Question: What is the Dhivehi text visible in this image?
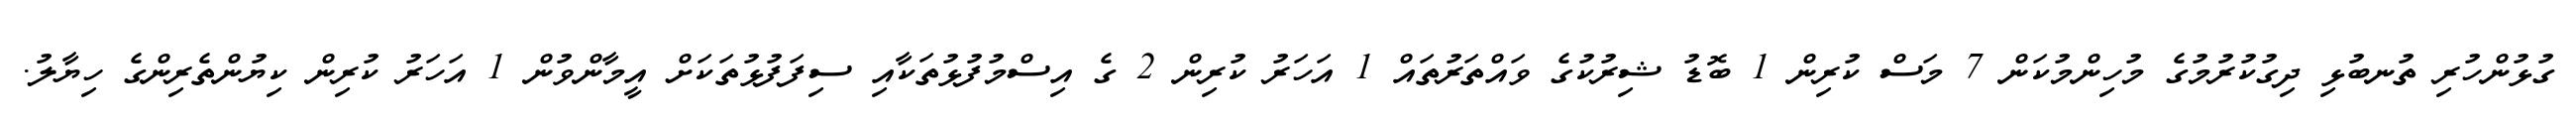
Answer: ގުޅުންހުރި ތުނބުޅި ދިގުކުރުމުގެ މުހިންމުކަން 7 މަސް ކުރިން 1 ބޮޑު ޝިރުކުގެ ވައްތަރުތައް 1 އަހަރު ކުރިން 2 ގެ އިސްމުފުޅުތަކާއި ސިފަފުޅުތަކަށް އީމާންވުން 1 އަހަރު ކުރިން ކިޔުންތެރިންގެ ހިޔާލު.